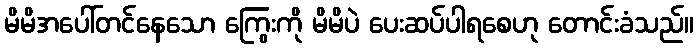
မိမိအပေါ်တင်နေသော ကြွေးကို မိမိပဲ ပေးဆပ်ပါရစေဟု တောင်းခံသည်။